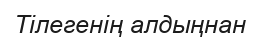
Тілегенің алдыңнан